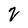
Character: 2